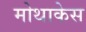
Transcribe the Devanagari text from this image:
मोथाकेस